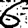
Digit: 6